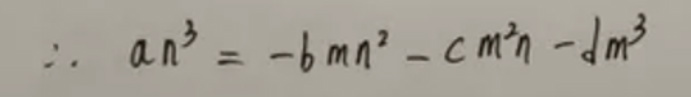
\[
\therefore\ an^{3}=-bmn^{2}-cm^{2}n - dm^{3}
\]